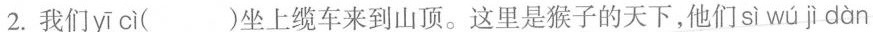
2.我们 yī cì ()坐上缆车来到山顶。这里是猴子的天下，他们si wú jì dàn